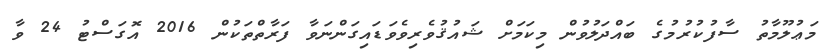
މަޢުލޫމާތު ސާފުކުރުމުގެ ބައްދަލުވުން މިކަމަށް ޝައުޤުވެރިވެވަޑައިގަންނަވާ ފަރާތްތަކުން 2016 އޮގަސްޓު 24 ވާ